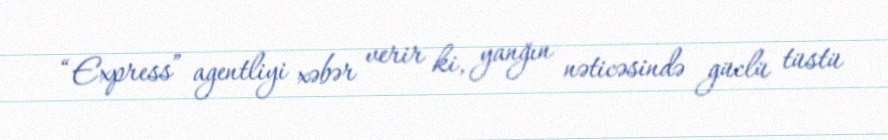
“Express” agentliyi xəbər verir ki, yanğın nəticəsində güclü tüstü